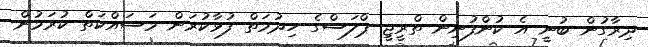
ދިރާގުން ބުނީ އެ ކުންފުނިން ތްރީޖީ ޕްލަސްގެ ހިދުމަތް ފުޅާކުރަން މަސައްކަތް ކުރަމުން